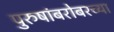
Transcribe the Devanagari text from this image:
पुरुषांबरोबरच्या